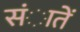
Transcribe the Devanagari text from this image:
संातें